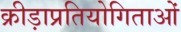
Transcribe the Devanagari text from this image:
क्रीड़ाप्रतियोगिताओं